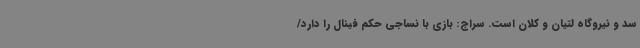
سد و نیروگاه لتیان و کلان است. سراج: بازی با نساجی حکم فینال را دارد/